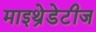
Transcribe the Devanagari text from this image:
माइथ्रेडेटीज